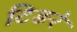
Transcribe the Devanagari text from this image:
टिङरे